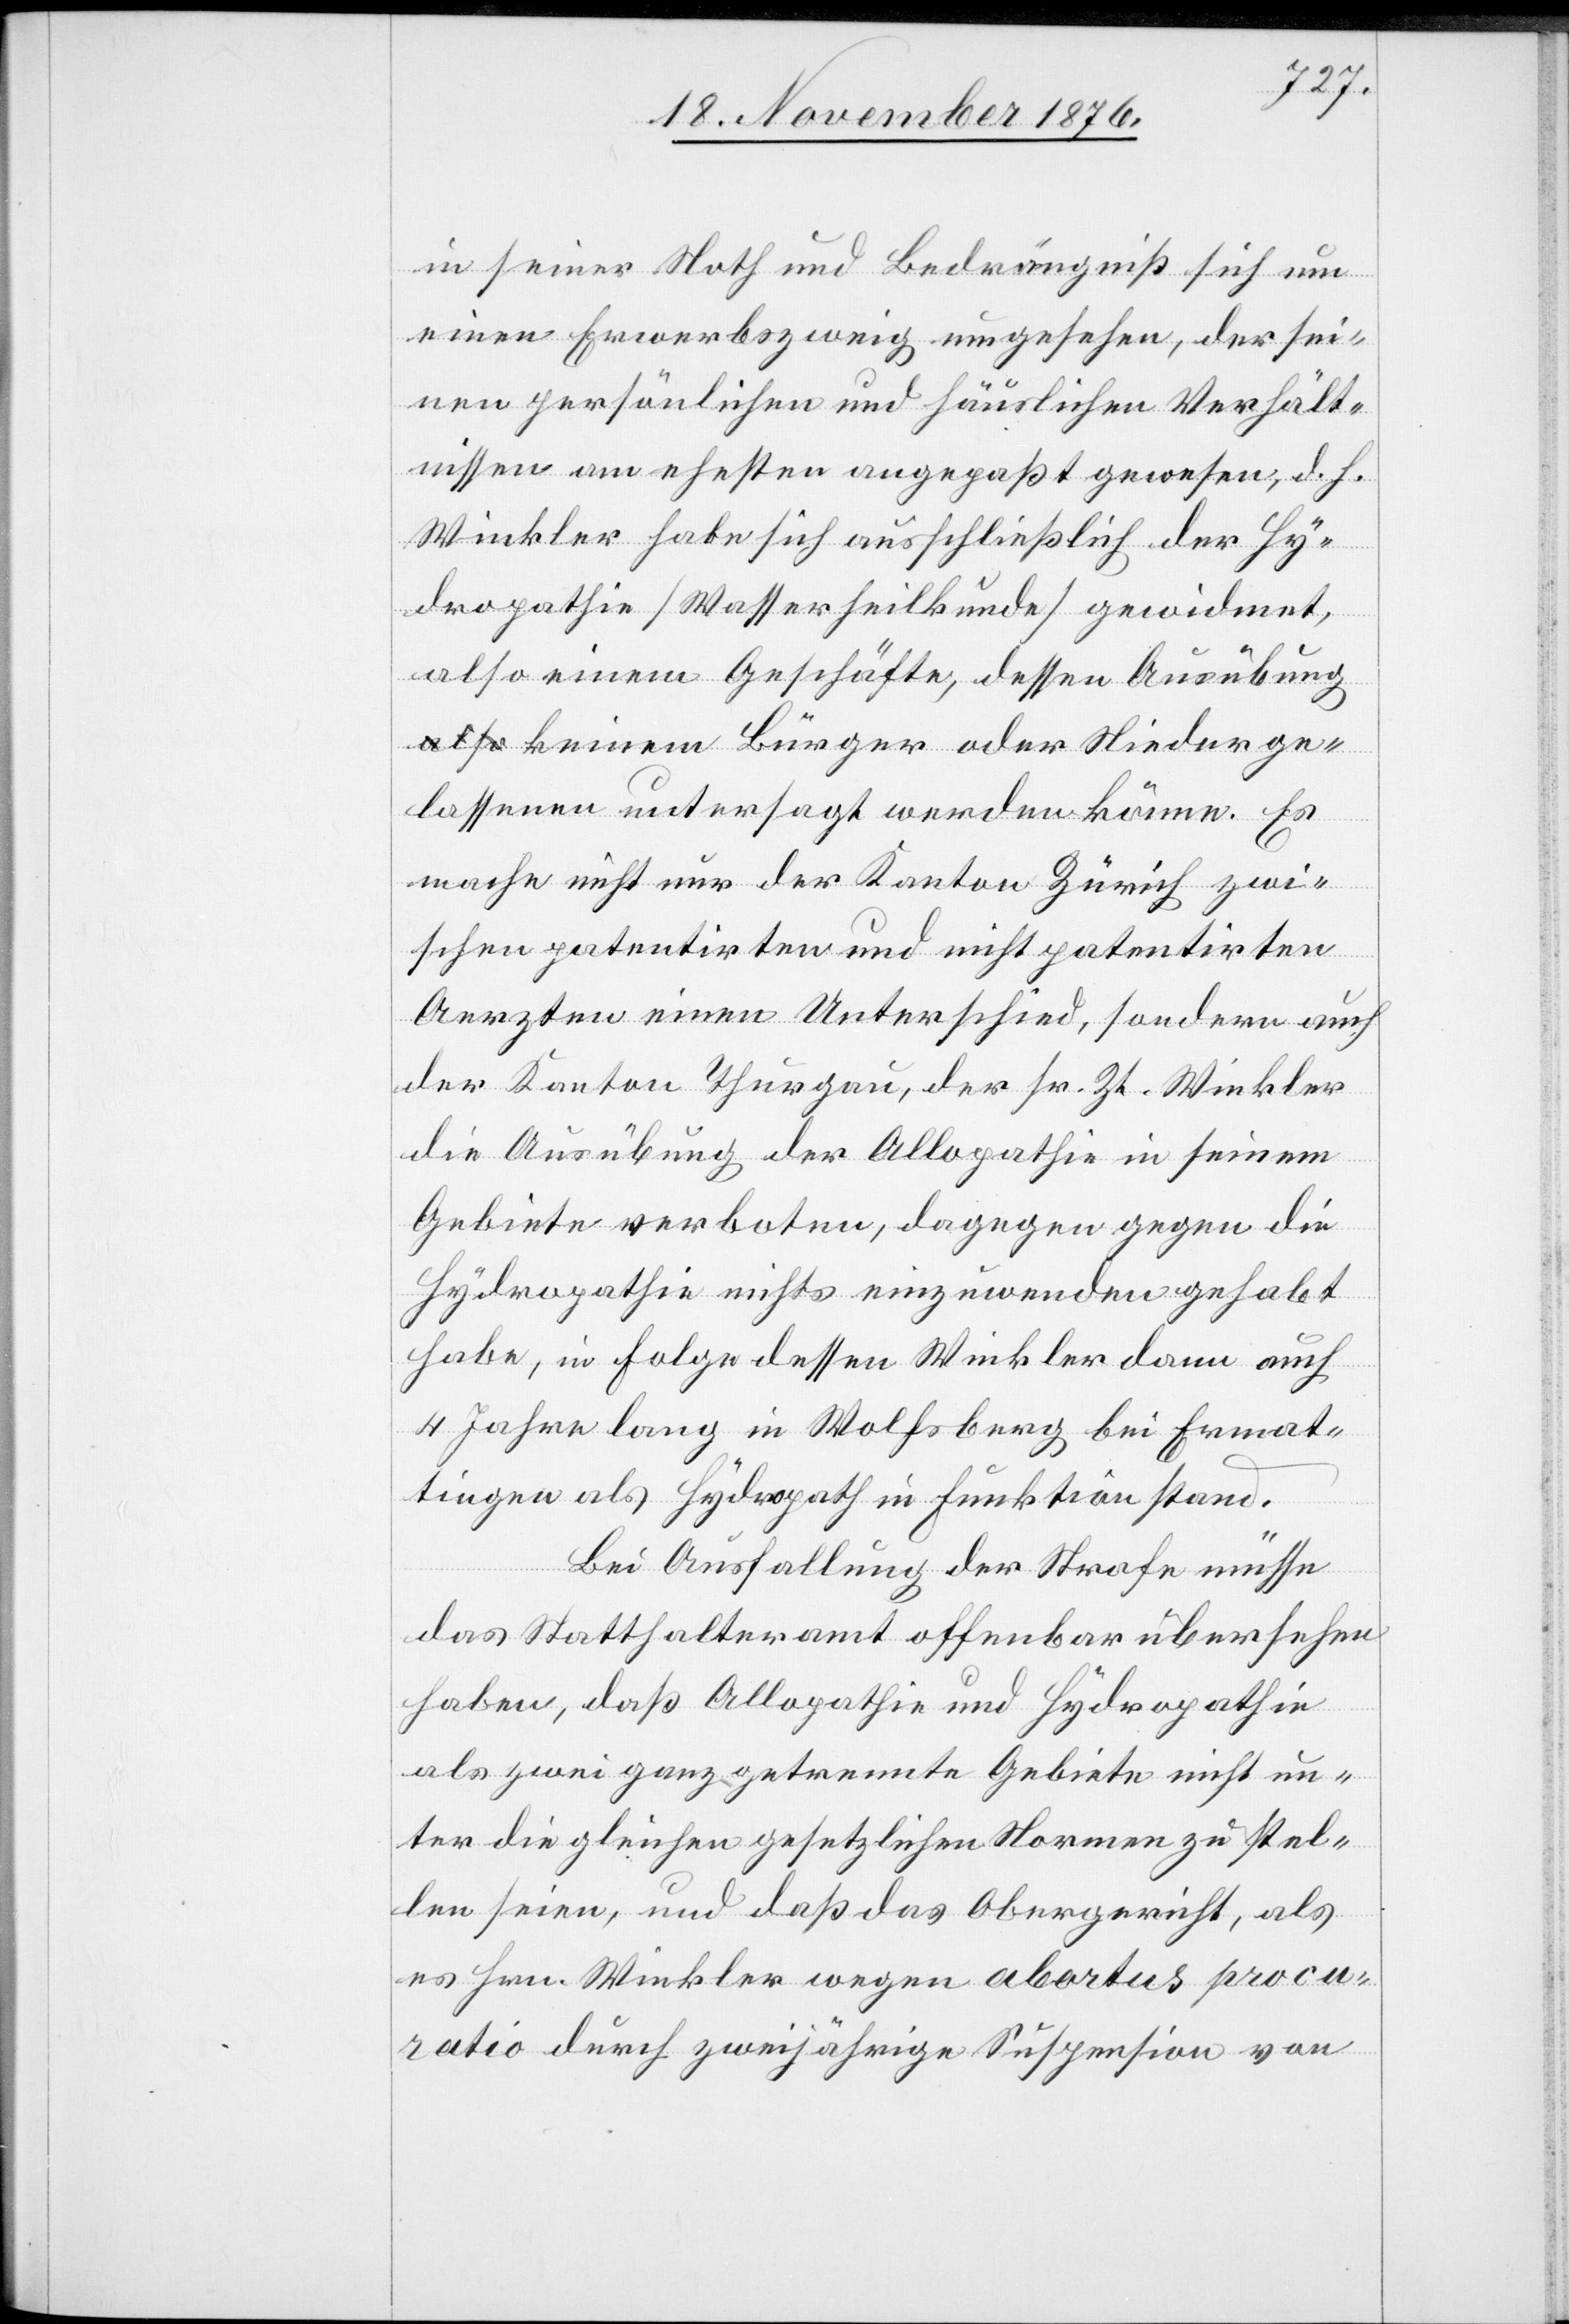
in seiner Noth und Bedrängniß sich
einen Erwerbszweig umgesehen, der sei¬
nen persönlichen und häuslichen Verhält¬
nissen am ehesten angepaßt gewesen, d. h.
Winkler habe sich ausschließlich der Hy¬
dropathie [Wasserheilkunde] gewidmet,
also einem Geschäfte, dessen Ausübung
keinem Bürger oder Niederge¬
lassenen untersagt werden könne. Es
macht nicht nur der Kanton Zürich zwi¬
schen patentirten und nicht patentirten
Aerzten einen Unterschied, sondern auch
der Kanton Thurgau, der sr. Zt. Winkler
die Ausübung der Allopathie in seinem
Gebiete verboten, dagegen gegen die
Hydropathie nichts einzuwenden gehabt
habe, in Folge dessen Winkler dann auch
4 Jahre lang in Wolfsberg bei Ermat¬
ingen als Hydropath in Funktion stand.
der
das Statthalteramt offenbar übersehen
haben, daß Allopathie und Hydropathie
als zwei ganz getrennte Gebiete nicht un¬
ter die gleichen gesetzlichen Normen zu stel¬
len seien, und daß das Obergericht, als
es Hrn. Winkler wegen abortus procu¬
ratio durch zweijährige Suspension von